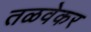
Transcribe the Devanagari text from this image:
तळवेकर